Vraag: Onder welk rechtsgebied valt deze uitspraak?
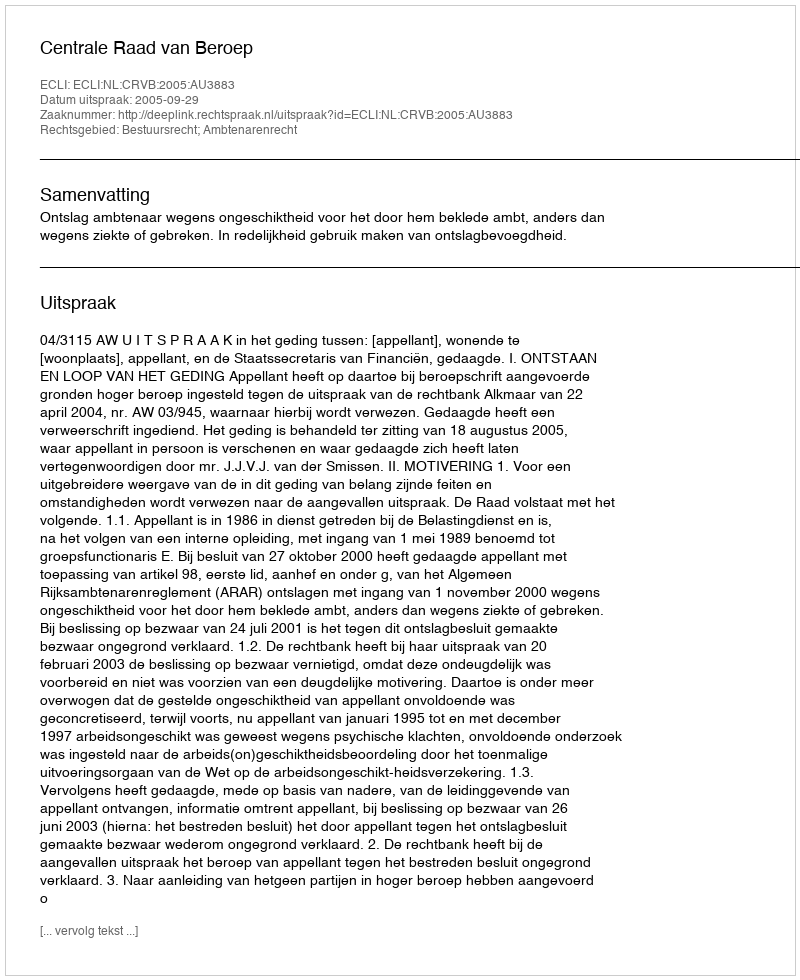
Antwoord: Bestuursrecht; Ambtenarenrecht